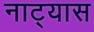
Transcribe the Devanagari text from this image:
नाट्यास